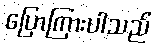
ပြောကြားပါသည်